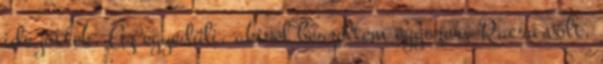
ide jöttek. Az egyedüli, akivel beszéltem egyszer, Racsu volt,